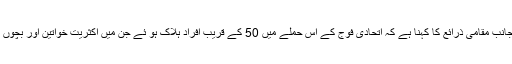
دوسری جانب مقامی ذرائع کا کہنا ہے کہ اتحادی فوج کے اس حملے میں 50 کے قریب افراد ہلاک ہو ئے جن میں اکثریت خواتین اور بچوں کی تھی ۔